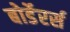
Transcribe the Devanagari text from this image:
बोर्डेरर्स